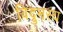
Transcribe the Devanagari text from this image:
विद्रुमस्य